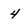
Character: 4